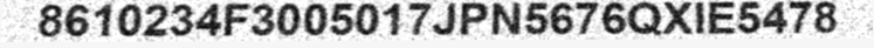
8610234F3005017JPN5676QXIE5478